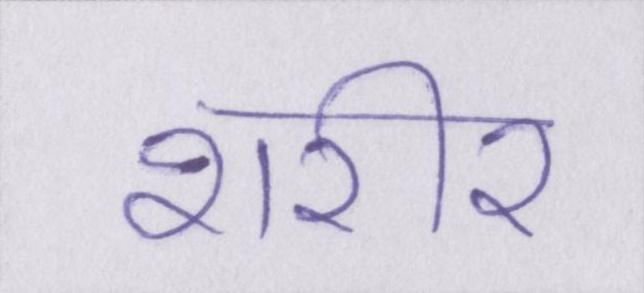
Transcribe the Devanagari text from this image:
शरीर